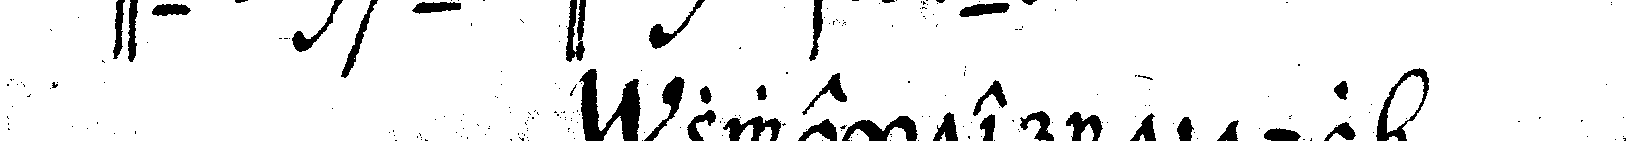
zweyter titul .